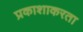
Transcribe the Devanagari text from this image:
प्रकाशाकरता